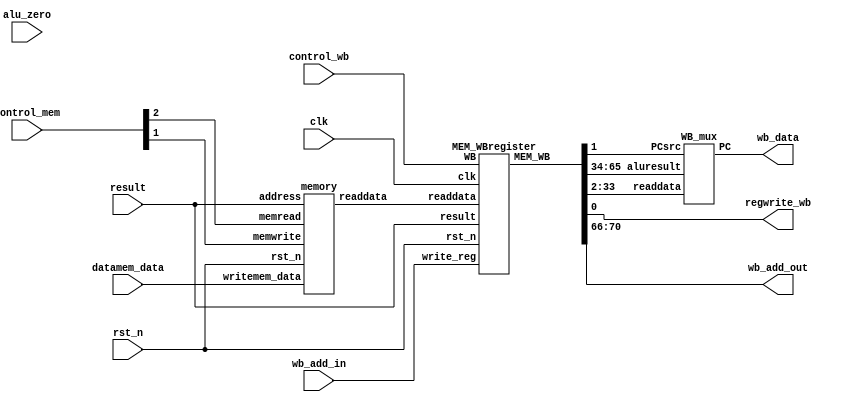
module wb(input alu_zero
,input clk
,input rst_n
,input [1:0] control_wb
,input [2:0] control_mem
,input [31:0] result
,input [31:0] datamem_data
,input [4:0] wb_add_in
,output [31:0] wb_data
,output regwrite_wb
,output [4:0] wb_add_out
);


wire [70:0] MEM_WB;
wire [31:0] datatransfer;

assign wb_add_out=MEM_WB[70:66];
assign regwrite_wb=MEM_WB[0];

memory m1(.rst_n(rst_n)
,.memread(control_mem[2])
,.memwrite(control_mem[1])
,.address(result)
,.writemem_data(datamem_data)
,.readdata(datatransfer));

MEM_WBregister r1(.readdata(datatransfer)
,.clk(clk)
,.rst_n(rst_n)
,.result(result)
,.write_reg(wb_add_in)
,.WB(control_wb)
,.MEM_WB(MEM_WB));


WB_mux	WB_mux(
 MEM_WB[33:2]
,MEM_WB[65:34]
,MEM_WB[1]
,wb_data);

endmodule

//memory
module memory(
input rst_n
,input memwrite
,input memread
,input [31:0] address
,input [31:0] writemem_data
,output reg [31:0]readdata);

reg [31:0] data1 [63:0];
wire [31:0] num;
integer r;
assign num={2'b00,address[31:2]};

always@(*)
begin
	if(!rst_n) 
		begin
			for(r=0;r<64;r=r+1)
			data1[r]=32'b0;
		end
	else if(memwrite)  data1[num]<=writemem_data;
	else if (memread) readdata<=data1[num];
end

endmodule

//MEM_WBregister
module MEM_WBregister(
	input clk, 
	input rst_n,
	input [31:0] readdata,
	input [31:0] result,
	input [4:0] write_reg,
	input [1:0]  WB,
	output reg [70:0] MEM_WB);
  
  reg [70:0]  data;

 always@(negedge clk)
 begin
 	if(!rst_n)
 		data<=0;
 	else
 	begin
		data[33:2]<=readdata[31:0];
		data[65:34]<=result;
		data[70:66]<=write_reg[4:0];
		data[1:0]<=WB[1:0];
	end
 end
 always@(posedge clk)  
		MEM_WB<=data;

endmodule




module WB_mux(
 input [31:0] readdata
,input [31:0] aluresult
,input PCsrc
,output reg [31:0] PC);

always@(*)
begin
PC=PCsrc?readdata:aluresult;
end
endmodule